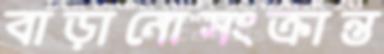
বাড়ানোসংক্রান্ত